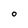
Character: O